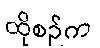
ထိုစဉ်က